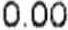
0.00